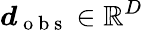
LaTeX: \boldsymbol{d}_{\mathrm{~o~b~s~}}\in\mathbb{R}^{D}